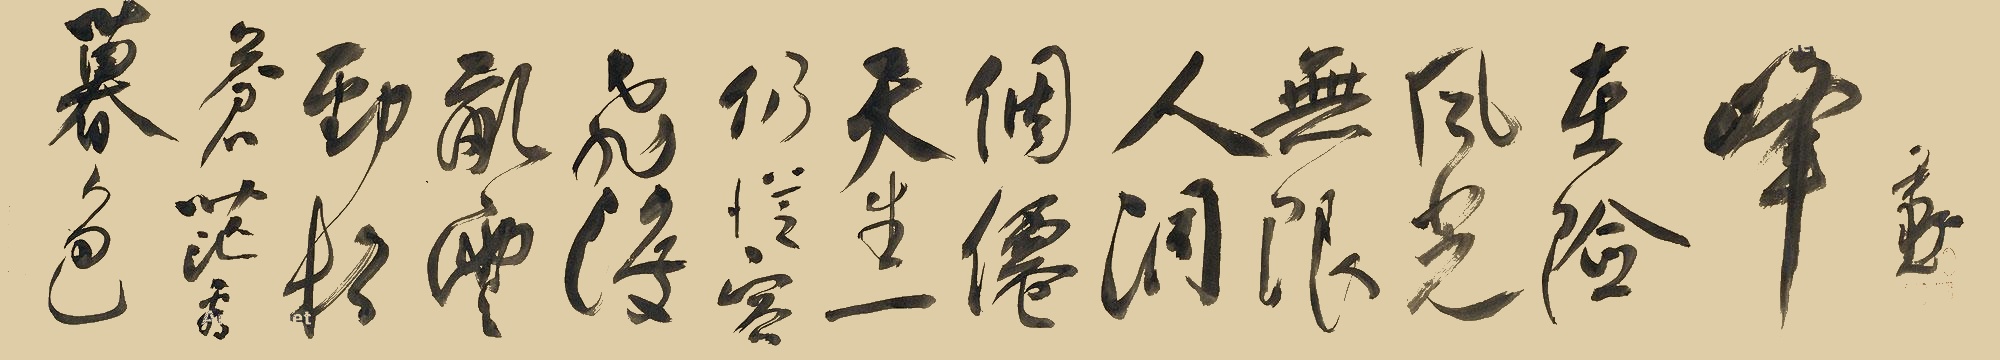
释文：暮色苍茫看劲松，乱云飞渡仍从容。天生一个仙人洞，无限风光在险峰。尹默。